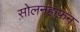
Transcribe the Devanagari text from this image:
सोलनहाफ़न